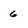
Character: 6